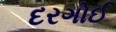
દરગોઈ